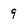
Character: 9